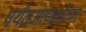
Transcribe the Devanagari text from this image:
पर्यंतआणलेल्या